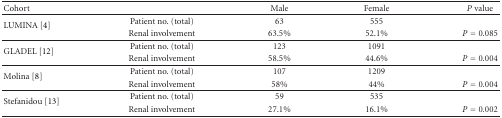
<table><thead><tr><td><b>Cohort</b></td><td></td><td><b>Male</b></td><td><b>Female</b></td><td><b><i>P</i> value</b></td></tr></thead><tbody><tr><td rowspan="2">LUMINA [4]</td><td>Patient no. (total)</td><td>63</td><td>555</td><td></td></tr><tr><td>Renal involvement</td><td>63.5%</td><td>52.1%</td><td><i>P</i> = 0.085</td></tr><tr><td rowspan="2">GLADEL [12]</td><td>Patient no. (total)</td><td>123</td><td>1091</td><td></td></tr><tr><td>Renal involvement</td><td>58.5%</td><td>44.6%</td><td><i>P</i> = 0.004</td></tr><tr><td rowspan="2">Molina [8]</td><td>Patient no. (total)</td><td>107</td><td>1209</td><td></td></tr><tr><td>Renal involvement</td><td>58%</td><td>44%</td><td><i>P</i> = 0.004</td></tr><tr><td rowspan="2">Stefanidou [13]</td><td>Patient no. (total)</td><td>59</td><td>535</td><td></td></tr><tr><td>Renal involvement</td><td>27.1%</td><td>16.1%</td><td><i>P</i> = 0.002</td></tr></tbody></table>